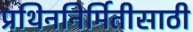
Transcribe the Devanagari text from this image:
प्रथिननिर्मितीसाठी